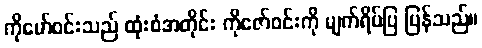
ကိုမော်ဝင်းသည် ထုံးစံအတိုင်း ကိုဇော်ဝင်းကို မျက်ရိပ်ပြ ပြန်သည်။